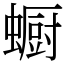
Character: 蟵